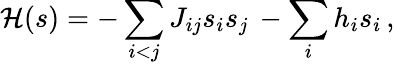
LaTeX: {\cal H}(s)=-\sum_{i<j}J_{ij}s_{i}s_{j}\, -\sum_{i}h_{i}s_{i}\, ,